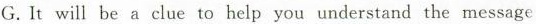
G.It will be a clue to help you understand the message